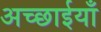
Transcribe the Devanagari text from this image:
अच्छाईयाँ